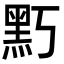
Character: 𪐚